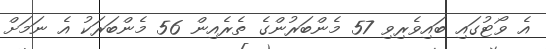
އެ ވޯޓުގައި ބައިވެރިވި 57 މެންބަރުންގެ ތެރެއިން 56 މެންބަރަކު އެ ނަމަށް